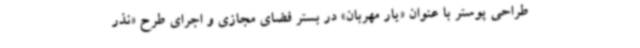
طراحی پوستر با عنوان «یار مهربان» در بستر فضای مجازی و اجرای طرح «نذر